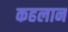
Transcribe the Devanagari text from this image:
कहलान